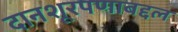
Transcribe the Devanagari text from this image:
दानशूरपणाबद्दल